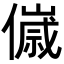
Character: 𬿴